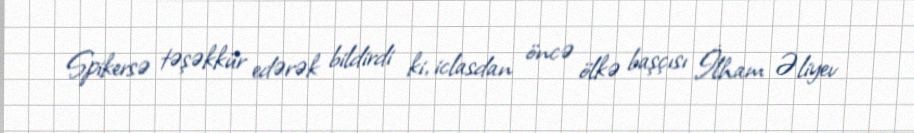
Spikersə təşəkkür edərək bildirdi ki, iclasdan öncə ölkə başçısı İlham Əliyev